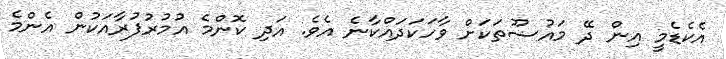
އެކެޑެމީ އިން ދޭ މައުޟޫތަކަށް ވާހަކަދައްކާނެ އެވެ. އަދި ކޮންމެ އުމުރުފުރާއަކުން އެންމެ